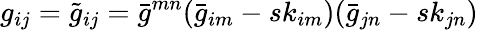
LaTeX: g_{ij}=\tilde{g}_{ij}=\bar{g}^{mn}(\bar{g}_{im}-sk_{im})(\bar{g}_{jn}-sk_{jn})